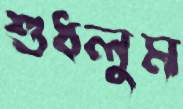
শুধলুম